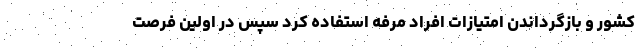
کشور و بازگرداندن امتیازات افراد مرفه استفاده کرد سپس در اولین فرصت